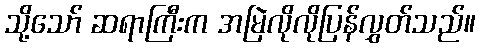
သို့သော် ဆရာကြီးက အမြဲလိုလိုပြန်လွှတ်သည်။